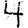
Digit: 4